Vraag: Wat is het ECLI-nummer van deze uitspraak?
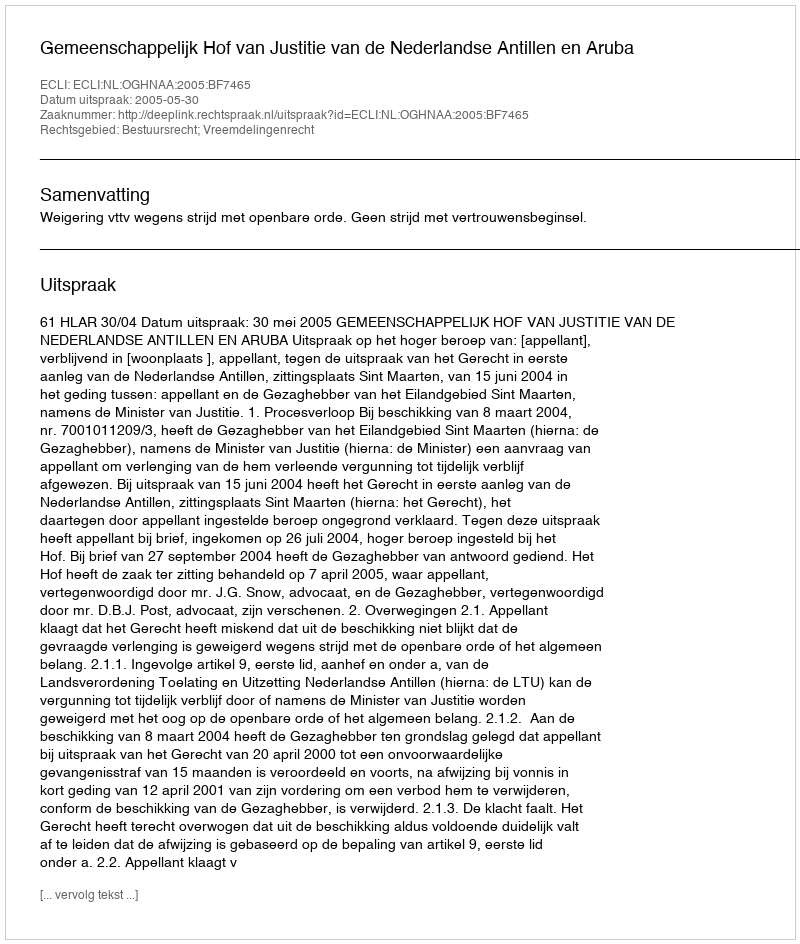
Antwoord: ECLI:NL:OGHNAA:2005:BF7465